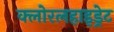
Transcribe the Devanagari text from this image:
क्लोरलहाइड्रेट